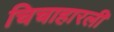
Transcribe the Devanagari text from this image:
चिचाहारली